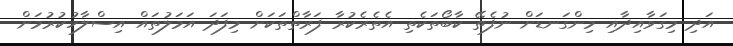
އަދި މިގަވާއިދާއި މިންގަނޑަށް ނުފެތޭ ކާބޯތަކެތި އެތެރެކުރާ ފަރާތްތަކަށް މިފަދަ އަމަލުތައް އިސްލާހުކުރުމަށް